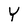
Character: Y